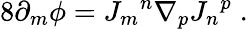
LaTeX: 8\partial_{m}\phi={J_{m}}^{n}\nabla_{p}{J_{n}}^{p}\; .